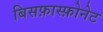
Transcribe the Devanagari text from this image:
बिसफ़ास्फ़ोनेट